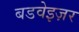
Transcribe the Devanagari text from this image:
बडवेइज़र